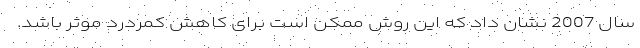
سال 2007 نشان داد که این روش ممکن است برای کاهش کمردرد موثر باشد.